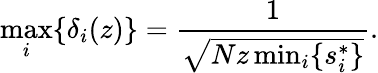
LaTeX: \operatorname*{max}_{i}\{ \delta_{i}(z)\} =\frac{1}{\sqrt{Nz\operatorname*{min}_{i}\{ s_{i}^{*}\} }}.